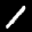
Label: 1